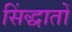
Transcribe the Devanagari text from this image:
सिंद्धातों